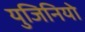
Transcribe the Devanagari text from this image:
युजिनियो